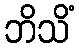
ဘိသိံ